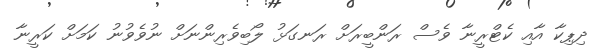
ދިޕިކާ އާއި ކެޓްރީނާ ވެސް ރަންބީރަށް ރަނގަޅު ލޯބިވެރިންނަށް ނުވެވުނު ކަމަށް ކަރީނާ